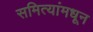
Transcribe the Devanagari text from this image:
समित्यांमधून